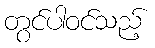
တွင်ပါဝင်သည့်